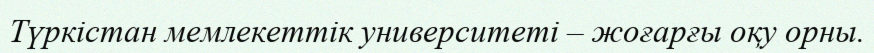
Түркістан мемлекеттік университеті – жоғарғы оқу орны.